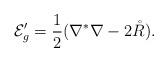
LaTeX: \begin{align*}\mathcal{E}_g'=\frac{1}{2}(\nabla^*\nabla-2\mathring{R}).\end{align*}